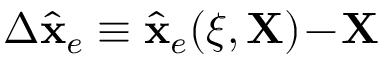
\Delta \hat { \bf x } _ { e } \equiv \hat { \bf x } _ { e } ( \xi , { \bf X } ) \! - \! { \bf X }